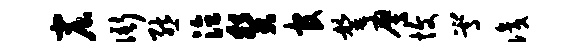
窟衙熊泣癸官罄鹰愎嵩识